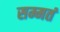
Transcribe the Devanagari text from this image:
सम्मतं